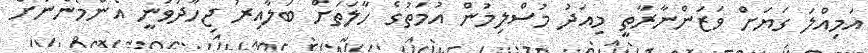
އަމިއްލަ ގަޔަށް ވަޒަންނާރާތީ މިއަދު މުސްލިމުން އުމަތުގެ ހާލަތަށް ބަލާއިރު ޖިހާދުވަނީ އެންމެންނަށް